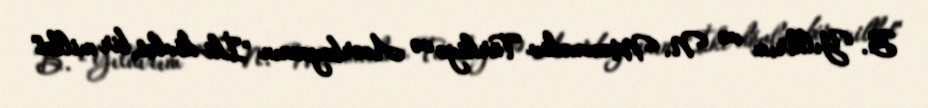
B. Yıldırım və N. Məmmədov Türkiyə və Azərbaycanın "İki dövlət, bir millət"